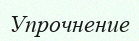
Упрочнение